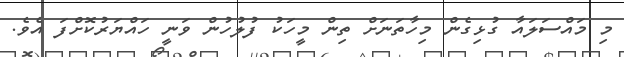
މި މައްސަލައާ ގުޅިގެން މިހާތަނަށް ތިން މީހަކު ފުލުހުން ވަނީ ހައްޔަރުކޮށްފަ އެވެ.